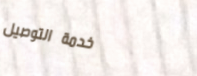
خدمة التوصيل